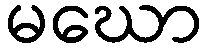
မဃော